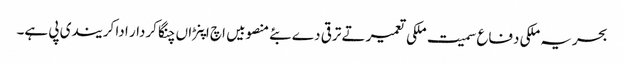
بحریہ ملکی دفاع سمیت ملکی تعمیر تے ترقی دے بئے منصوبیں اچ اپنڑاں چنگا کردار ادا کر یندی پی ہے۔